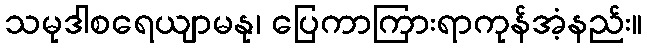
သမုဒါစရေယျာမနု၊ ပြေကာကြားရာကုန်အံ့နည်း။